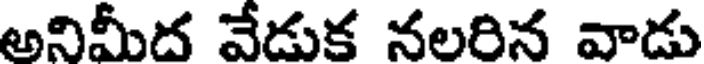
అనిమీద వేడుక నలరిన వాడు